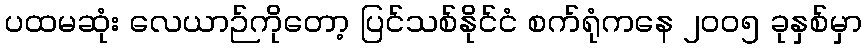
ပထမဆုံး လေယာဉ်ကိုတော့ ပြင်သစ်နိုင်ငံ စက်ရုံကနေ ၂၀၀၅ ခုနှစ်မှာ